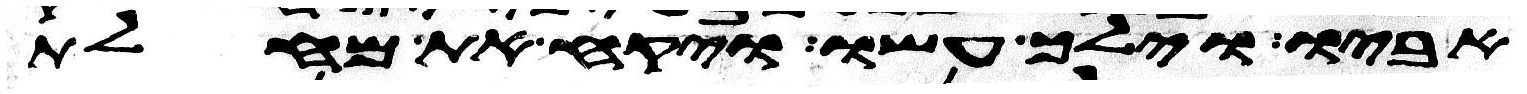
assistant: אביו וילך עשו ויקח את מחלת